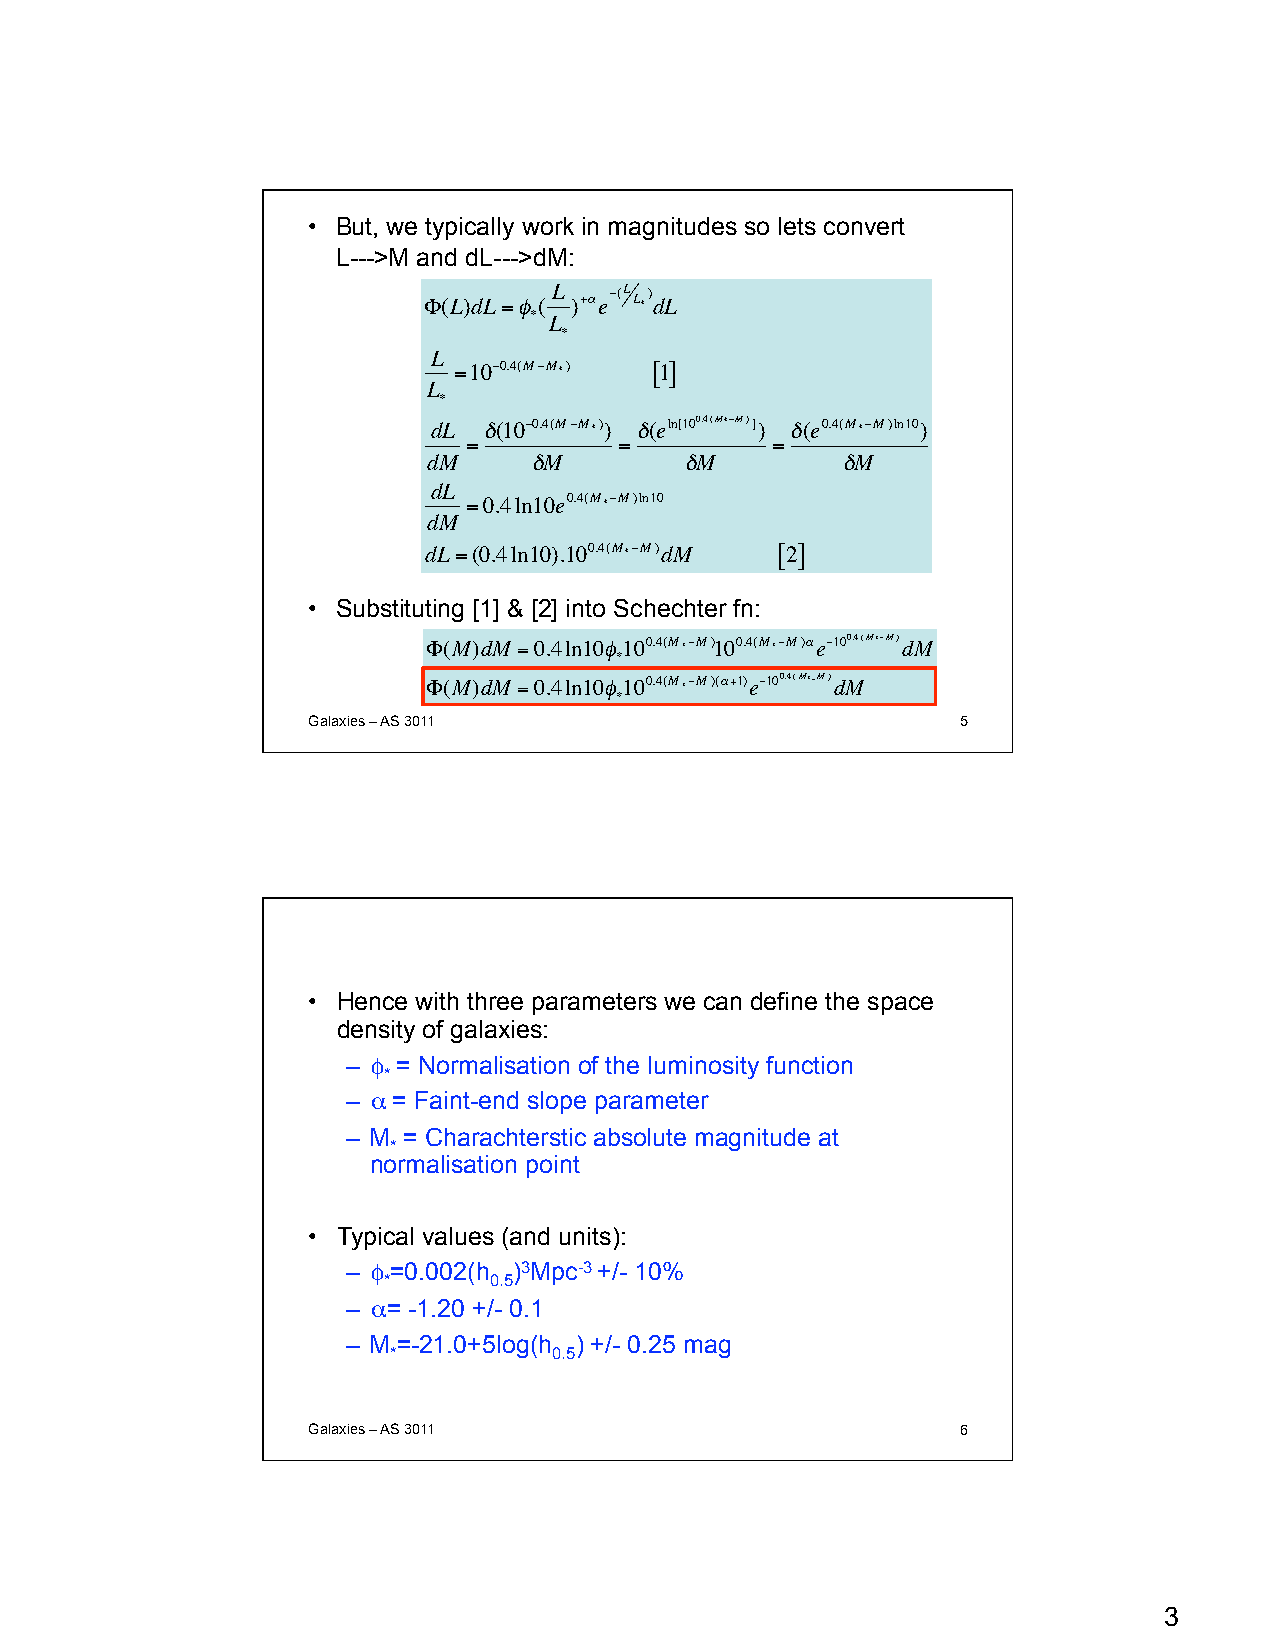
• But, we typically work in magnitudes so lets convert
 L--->M and dL--->dM:
 Φ(L)dL=φ(
 L )+αe−(L L*)
 dL
 * L
 *
 L
 =10−0.4(M−M*) [1]
 L
 *
 dL δ(10−0.4(M−M*)) δ(eln[100.4(M*−M)]) δ(e0.4(M*−M)ln10)
 =         =         =
 dM     δM        δM         δM
 dL
 =0.4ln10e0.4(M*−M)ln10
 dM
 dL=(0.4ln10).100.4(M*−M)dM [2]
 • Substituting [1] & [2] into Schechter fn:
 Φ(M)dM =0.4ln10φ100.4(M*−M)100.4(M*−M)αe−100.4(M*−M)dM
 €                  *
 Φ(M)dM =0.4ln10φ100.4(M*−M)(α+1)e−100.4(M*−M)dM
 *
 Galaxies – AS 3011                          5
 €
 • Hence with three parameters we can define the space
 density of galaxies:
 – φ = Normalisation of the luminosity function
 *
 – α = Faint-end slope parameter
 – M = Charachterstic absolute magnitude at
 *
 normalisation point
 • Typical values (and units):
 – φ =0.002(h )3Mpc-3 +/- 10%
 *      0.5
 – α= -1.20 +/- 0.1
 – M =-21.0+5log(h ) +/- 0.25 mag
 *          0.5
 Galaxies – AS 3011                          6
 3